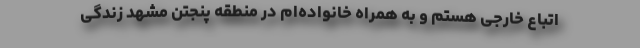
اتباع خارجی هستم و به همراه خانواده‌ام در منطقه پنجتن مشهد زندگی